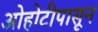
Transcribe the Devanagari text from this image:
ओहोटीपासून